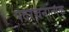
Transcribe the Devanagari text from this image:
पदरचनात्मक